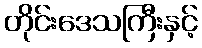
တိုင်းဒေသကြီးနှင့်